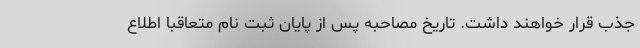
جذب قرار خواهند داشت. تاریخ مصاحبه پس از پایان ثبت نام متعاقباً اطلاع